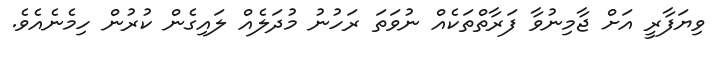
ވިޔަފާރީ އަށް ޖާމިނުވާ ފަރާތްތަކެއް ނުވަތަ ރަހުނު މުދަލެއް ލައިގެން ކުރުން ހިމެނެއެވެ.